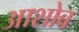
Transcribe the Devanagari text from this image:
आशोब